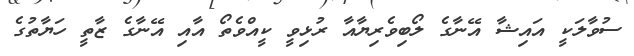
ސުވާލަކީ އައިޝާ އޭނާގެ ލޯބިވެރިޔާއާ ރުޅިވީ ކީއްވެތޯ އާއި އޭނާގެ ޒާތީ ހަޔާތުގެ